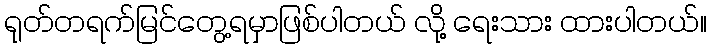
ရုတ်တရက်မြင်တွေ့ရမှာဖြစ်ပါတယ် လို့ ရေးသား ထားပါတယ်။